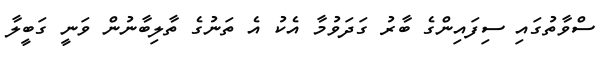
ސްވާތުގައި ސިފައިންގެ ބާރު ގަދަވުމާ އެކު އެ ތަނުގެ ތާލިބާނުން ވަނީ ގަބީލާ